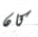
كان